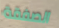
الصفقة